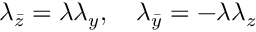
\lambda _ { \bar { z } } = \lambda \lambda _ { y } , \quad \lambda _ { \bar { y } } = - \lambda \lambda _ { z }